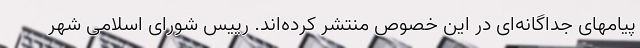
پیامهای جداگانه‌ای در این خصوص منتشر کرده‌اند. رییس شورای اسلامی شهر